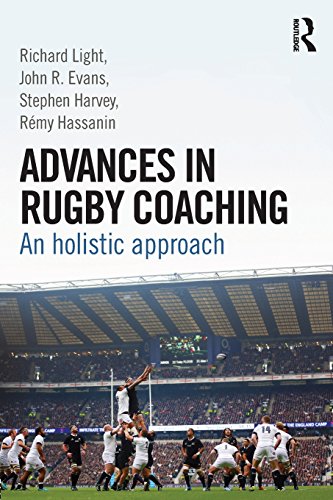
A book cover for Advances in Rugby Coaching: An Holistic Approach; Richard Light; Sports & Outdoors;